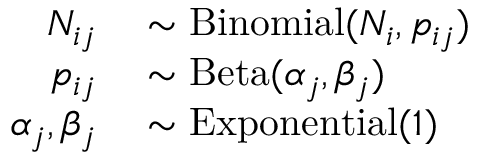
\begin{array} { r l } { N _ { i j } } & { { } \sim \mathrm { B i n o m i a l } ( N _ { i } , p _ { i j } ) } \\ { p _ { i j } } & { { } \sim \mathrm { B e t a } ( \alpha _ { j } , \beta _ { j } ) } \\ { \alpha _ { j } , \beta _ { j } } & { { } \sim \mathrm { E x p o n e n t i a l } ( 1 ) } \end{array}